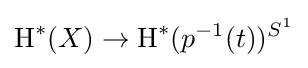
\operatorname {H} ^{*}(X)\to \operatorname {H} ^{*}(p^{-1}(t))^{S^{1}}